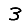
Digit: 3